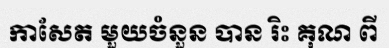
កាសែត មួយចំនួន បាន រិះ គុណ ពី